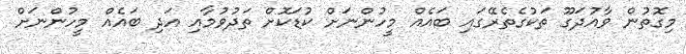
މިގޮތުން ވާއުދަގޫ ތަކުގެތެރޭގައި ބައެއް މީހުންނަށް ކުޑަކޮށް ތަދުވުމާއި އަދި ބައެއް މީހުންނަށް